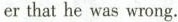
er that he was wrong.